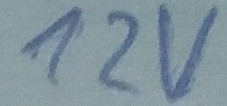
Text: 12v